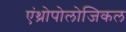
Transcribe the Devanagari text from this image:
एंथ्रोपोलोजिकल